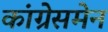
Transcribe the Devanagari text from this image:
कांग्रेसमेन